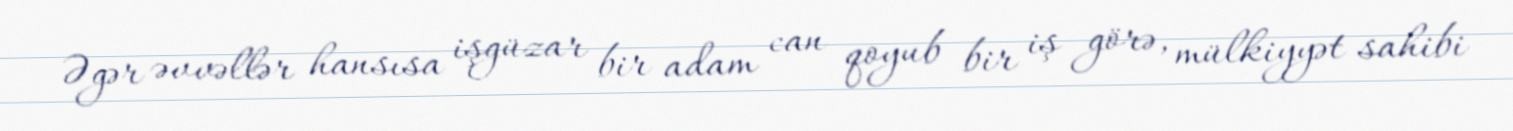
Əgər əvvəllər hansısa işgüzar bir adam can qoyub bir iş görə, mülkiyyət sahibi